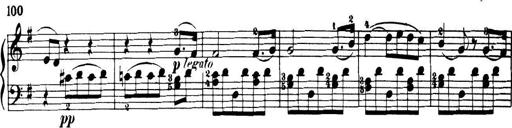
Title: 32 Sonatinas and Rondos for the Piano
Composer: Richard Kleinmichel